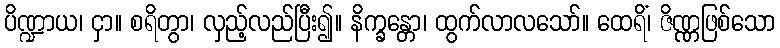
ပိဏ္ဍာယ၊ ငှာ။ စရိတွာ၊ လှည့်လည်ပြီး၍။ နိက္ခန္တော၊ ထွက်လာလသော်။ ထေရိံ၊ ဇိဏ္ဏဖြစ်သော